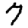
Digit: 7